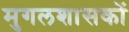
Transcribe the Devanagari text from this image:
मुगलशासकों